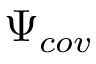
\Psi _ { c o v }